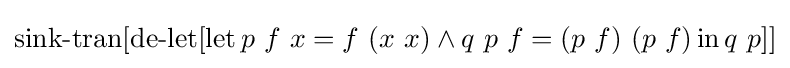
\operatorname {sink-tran} [\operatorname {de-let} [\operatorname {let} p\ f\ x=f\ (x\ x)\land q\ p\ f=(p\ f)\ (p\ f)\operatorname {in} q\ p]]